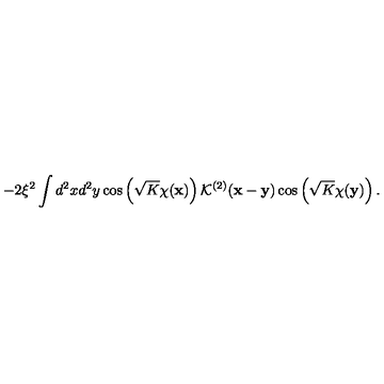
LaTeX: - 2 \xi ^ { 2 } \int d ^ { 2 } x d ^ { 2 } y \cos \left( \sqrt { K } \chi ( { \bf x } ) \right) { \mathcal K } ^ { ( 2 ) } ( { \bf x } - { \bf y } ) \cos \left( \sqrt { K } \chi ( { \bf y } ) \right) .